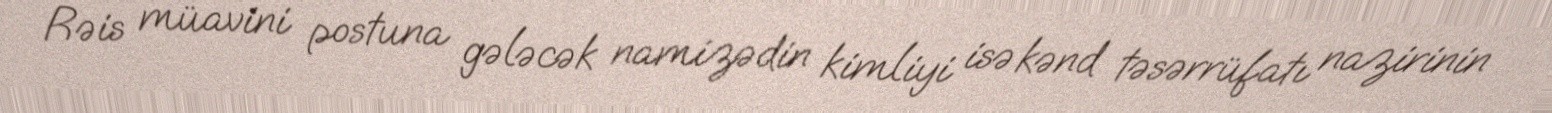
Rəis müavini postuna gələcək namizədin kimliyi isə kənd təsərrüfatı nazirinin